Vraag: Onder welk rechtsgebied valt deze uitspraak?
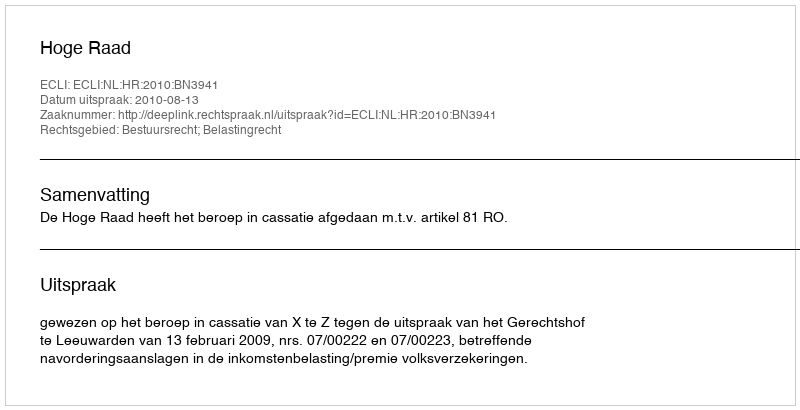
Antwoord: Bestuursrecht; Belastingrecht